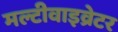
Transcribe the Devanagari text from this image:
मल्टीवाइव्रेटर